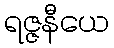
ရဇ္ဇနီယေ